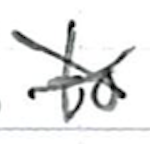
Text: to
Cross-out: cross
Writing tool: ballpoint